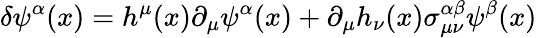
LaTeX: \delta\psi^{\alpha}(x)=h^{\mu}(x)\partial_{\mu}\psi^{\alpha}(x)+\partial_{\mu}h_{\nu}(x)\sigma_{\mu\nu}^{\alpha\beta}\psi^{\beta}(x)